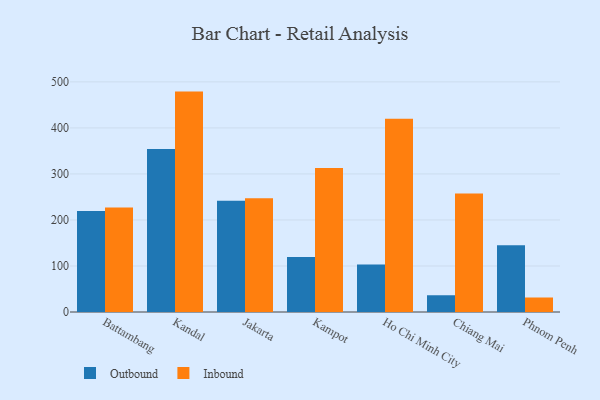
{"axis": {"x": "City", "y": "Active Users"}, "legend": ["Inbound", "Outbound"], "data": [{"x": "Battambang", "y": 219.6, "type": "Outbound"}, {"x": "Battambang", "y": 227.2, "type": "Inbound"}, {"x": "Kandal", "y": 354.4, "type": "Outbound"}, {"x": "Kandal", "y": 478.9, "type": "Inbound"}, {"x": "Jakarta", "y": 241.5, "type": "Outbound"}, {"x": "Jakarta", "y": 247.3, "type": "Inbound"}, {"x": "Kampot", "y": 119.6, "type": "Outbound"}, {"x": "Kampot", "y": 313.1, "type": "Inbound"}, {"x": "Ho Chi Minh City", "y": 103.3, "type": "Outbound"}, {"x": "Ho Chi Minh City", "y": 420.1, "type": "Inbound"}, {"x": "Chiang Mai", "y": 36.4, "type": "Outbound"}, {"x": "Chiang Mai", "y": 257.6, "type": "Inbound"}, {"x": "Phnom Penh", "y": 145.2, "type": "Outbound"}, {"x": "Phnom Penh", "y": 31.5, "type": "Inbound"}]}